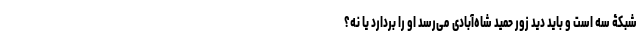
شبکۀ سه است و باید دید زور حمید شاه‌آبادی می‌رسد او را بردارد یا نه؟